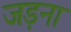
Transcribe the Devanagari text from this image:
जड़ना